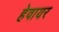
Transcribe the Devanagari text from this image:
हेवायर